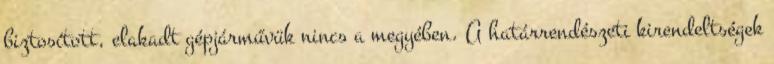
biztosított, elakadt gépjárművük nincs a megyében. A határrendészeti kirendeltségek